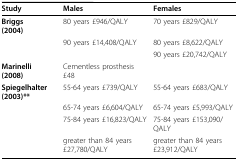
| Study | Males | Females |
 | --- | --- | --- |
 | Briggs (2004) | 80 years £946/QALY | 70 years £829/QALY |
 |  | 90 years £14,408/QALY | 80 years £8,622/QALY |
 |  |  | 90 years £20,742/QALY |
 | Marinelli (2008) | Cementless prosthesis £48 |  |
 | Spiegelhalter (2003)** | 55-64 years £739/QALY | 55-64 years £683/QALY |
 |  | 65-74 years £6,604/QALY | 65-74 years £5,993/QALY |
 |  | 75-84 years £16,823/QALY | 75-84 years £153,090/QALY |
 |  | greater than 84 years £27,780/QALY | greater than 84 years £23,912/QALY |